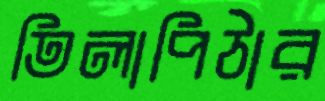
তিলাপিঠার